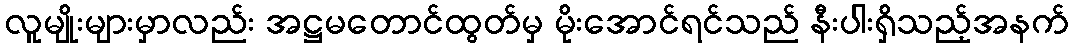
လူမျိုးများမှာလည်း အဋ္ဌမတောင်ထွတ်မှ မိုးအောင်ရင်သည် နီးပါးရှိသည့်အနက်